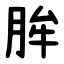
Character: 䏬